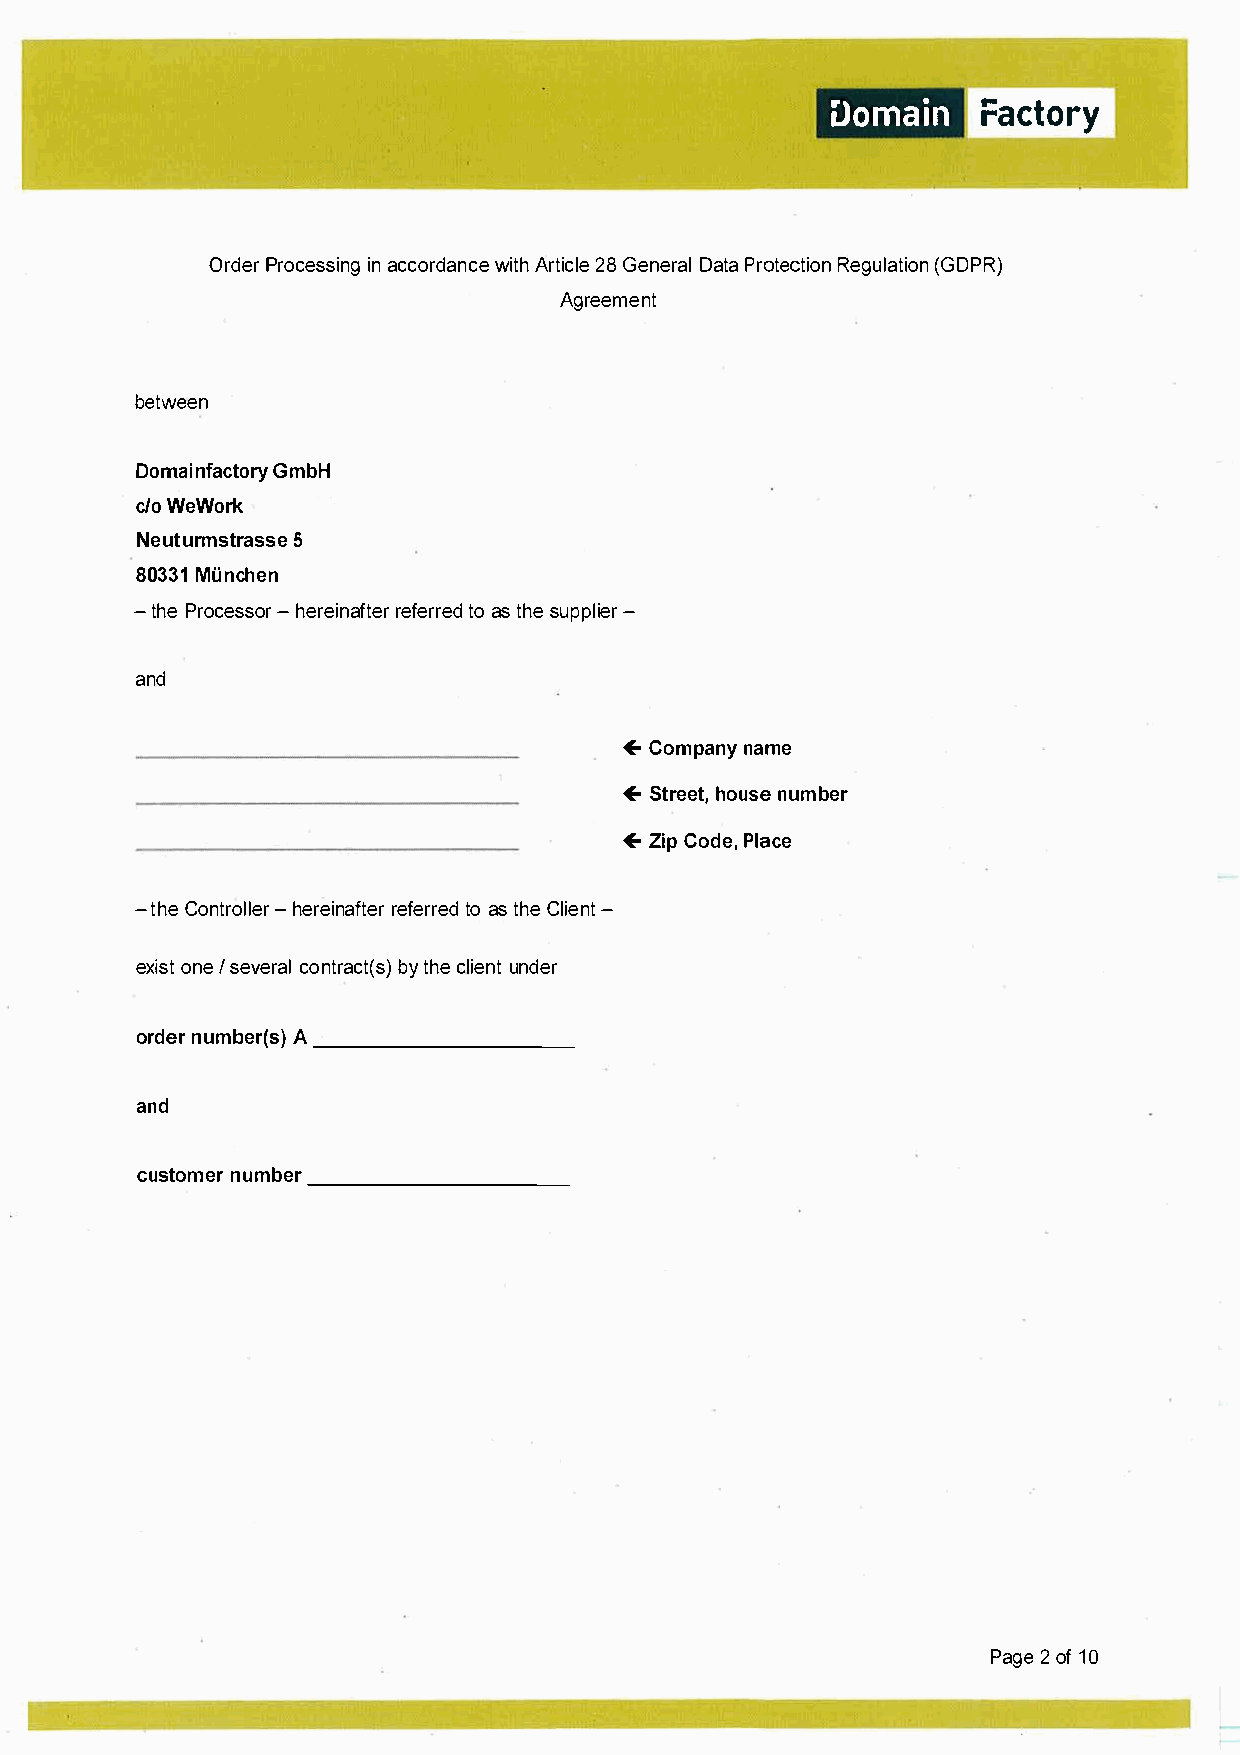
Domarianc         tory
 OrdPerro ceisnas cicnogr dwaiAntrhct e2i 8cG leenr eaDla tPar oteRcetgaiutonlin( o GDPR)
 Agreement
 between
 Domainfactory      GmbH
 c/o  WeWork
 Neuturmstrasse       5
 80331   München
 -thPer oce-shseorre irneaffettreoarr ste hdse u pp-lier
 and
 +Compannaym e
 +Streheotu,ns uem ber
 +ZiCpo dPel,a ce
 -thCeo ntr-ohlelreerir neaffettreoarr ste hdCe l i-ent
 exiosn/te secvoenrctatrl(ba syt) hc el iuenndte r
 ordneurm beAr_ (_s_)_ _____ _
 and
 custonmuemrb _e_r_ ______ _
 Pag2eo f1 0